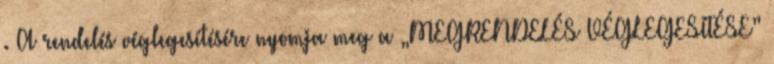
. A rendelés véglegesítésére nyomja meg a „MEGRENDELÉS VÉGLEGESÍTÉSE”